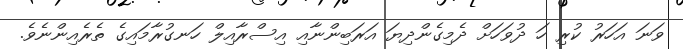
ވަނަ އަހަރު ކުރި ހަ ދުވަހަށް ދެމިގެންދިޔަ އަރަބިންނާއި އިސްރާއިލް ހަނގުރާމައިގެ ތެރެއިންނެވެ.